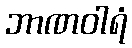
ဘာဏဝါရံ